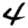
Digit: 4